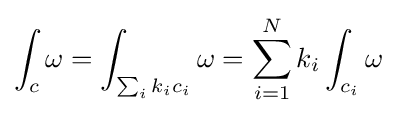
\int _{c}\omega =\int _{\sum _{i}k_{i}c_{i}}\omega =\sum _{i=1}^{N}k_{i}\int _{c_{i}}\omega